Annual report of the Civil Veterinary Department, Bengal, for the year 1897-98 - 1897-1898
Year: 1897
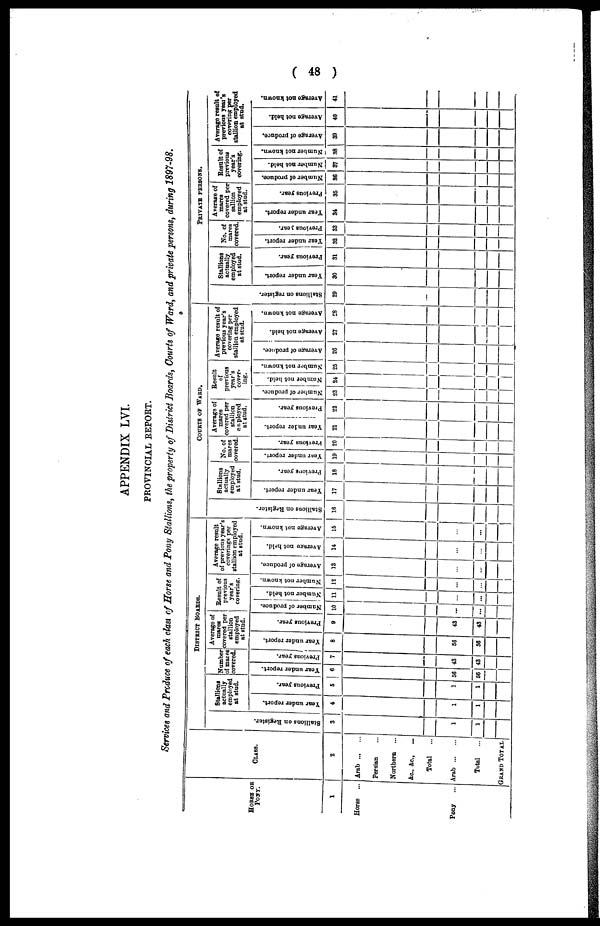
( 48 )
APPENDIX LVI.
PROVINCIAL REPORT.
Services and Produce of each class of Horse and Pony Stallions, the property of District Boards, Courts of Ward, and private persons, during 1897-98.
HORSE OR PONY.
1
Horse ...
Pony ...
CLASS.
2
Arab ... ...
Persian ...
Northern ...
&c., &c., ...
Total
...
Arab ... ...
Total
...
GRAND TOTAL
DISTRICTS BOARDS.
St al l
i
ons on Regi st er .
3
1
1
Stallions
actually
employed
at stud.
Year under report.
4
1
1
Previous year.
6
1
1
Number
of mare
covered
Tear under report.
6
56
56
Previous year.
7
43
43
Average of
mares
covered per
stallion
employed
at stud.
Year under report.
8
66
66
Previous year.
9
43
43
Result of
previous
year's
covering.
Number of produce.
10
...
...
Number not held.
11
...
...
Number not known.
12
...
...
Average result
of previous year's
coverings per
stallion employed
at Stud.
Average of produce.
13
...
...
Average not held.
14
...
...
Average not known.
15
...
...
COURTS OF WARD.
Stallions on Regi s t
er .
16
Stallions
actually
employed
at stud.
Year under report.
17
Previous year.
18
No. of
mares
Covered
Year
under report.
19
Previous year.
20
Average of
mares
covered per
stallion
ex ployed
at stud.
Year under report.
21
Previous year.
22
Result
of
previous
year's
cover-
ing.
Number of produce.
23
Number not beld.
24
Number not known.
26
Average result of
previous year's
covering per
stallion employed
at stud.
Average of produce.
26
Average not held.
27
Average not known.
28
PRIVATE PERSONS.
St al l
i
ons on register.
29
Stallions
actually
employed
at stud.
Year under report.
30
Previous year.
31
No. of
mares
covered.
Year under report.
32
Previous year.
S3
Average of
mares
covered per
sallion
employed
at stud.
Year under report.
34
Previous year.
36
Result of
previous
year's
covering.
Number of produce.
36
Number not held.
87
Number not known.
38
Average result of
previous year's
covering per
stallion employed
at stud.
Average of produce.
39
Average not held.
40
Average not known.
41